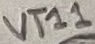
Text: Vt11